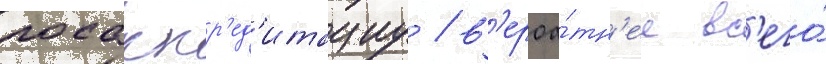
госаккр'ед'итациу / в'ероа́тн'ее вс'его́